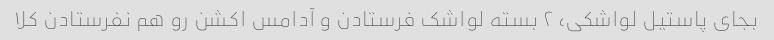
بجای پاستیل لواشکی، ۲ بسته لواشک فرستادن و آدامس اکشن رو هم نفرستادن کلا